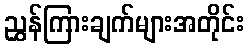
ညွှန်ကြားချက်များအတိုင်း